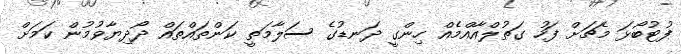
ފުޓުބޯޅަ މެޗަށް ފަހު ގަތުލްއާއްމެއް ހިންގީ ދަނޑުގެ ސަލާމަތީ ކަންތައްތައް ދޯދިޔާވުމުން ކަމަށް